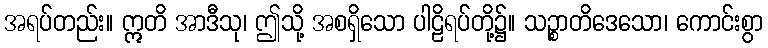
အရပ်တည်း။ ဣတိ အာဒီသု၊ ဤသို့ အစရှိသော ပါဠိရပ်တို့၌။ သဉ္စာတိဒေသော၊ ကောင်းစွာ